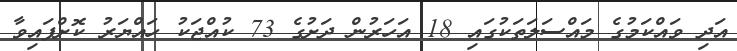
އަދި ވައްކަމުގެ މައްސަލަތަކުގައި 18 އަހަރުން ދަށުގެ 73 ކުއްޖަކު ހައްޔަރު ކޮށްފައިވާ